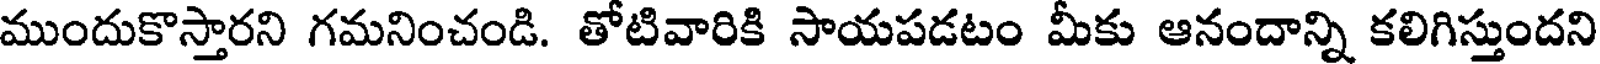
ముందుకొస్తారని గమనించండి. తోటివారికి సాయపడటం మీకు ఆనందాన్ని కలిగిస్తుందని